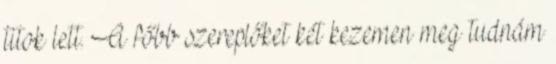
titok lett. A főbb szereplőket két kezemen meg tudnám